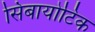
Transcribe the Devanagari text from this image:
सिंबायोटिक